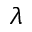
\lambda